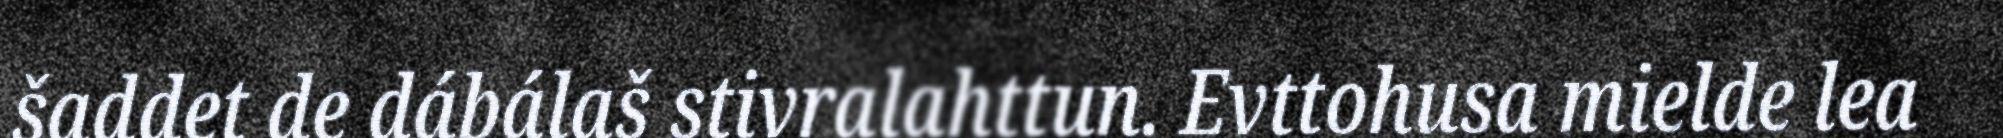
šaddet de dábálaš stivralahttun. Evttohusa mielde lea